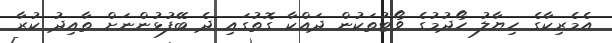
އެމެރިކާގެ ހިޔާލު ހޯދުމުގެ ވޯޓުތަކުން ދައްކާ ގޮތުގައި ދެ ބޭފުޅުންނަށް ތާއިދު ކުރާ